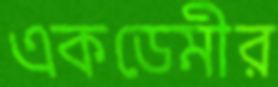
একডেমীর